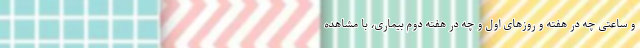
و ساعتی چه در هفته و روزهای اول و چه در هفته دوم بیماری، با مشاهده